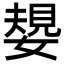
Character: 嫢